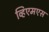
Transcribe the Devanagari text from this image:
व्हिएमएस